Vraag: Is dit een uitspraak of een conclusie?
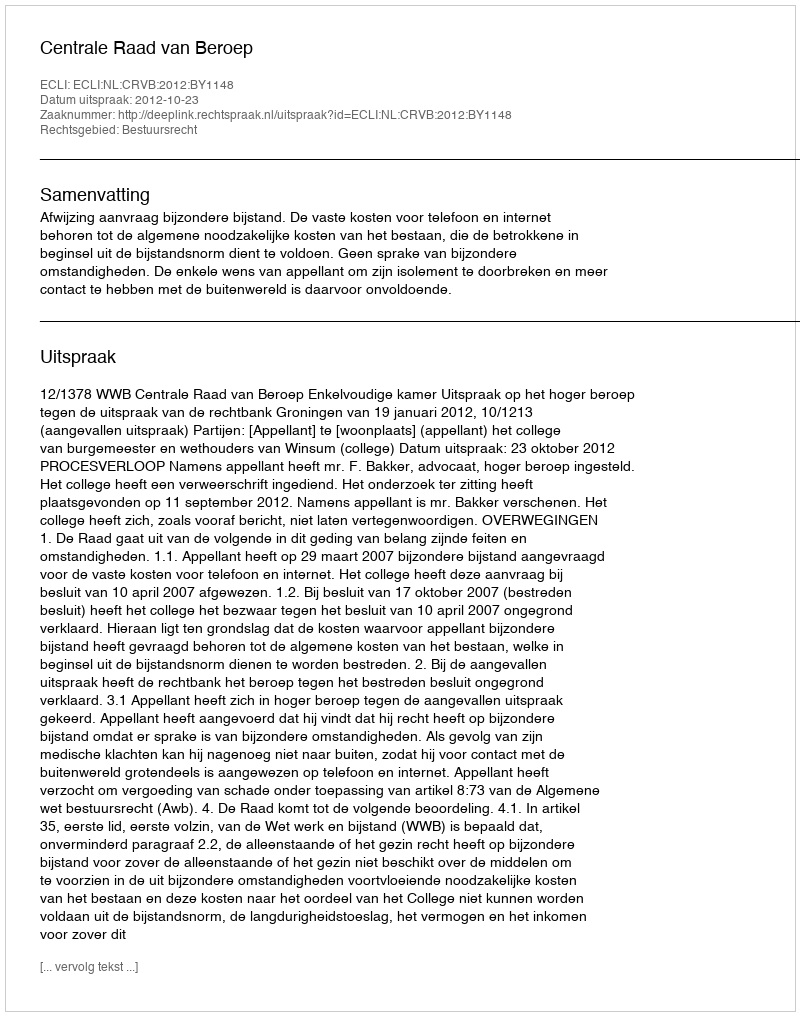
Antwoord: Uitspraak